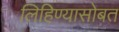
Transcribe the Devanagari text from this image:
लिहिण्यासोबत